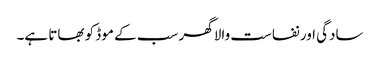
سادگی اور نفاست والا گھر سب کے موڈ کو بھاتا ہے۔